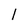
Character: l